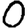
Digit: 0